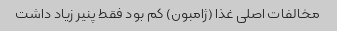
مخالفات اصلی غذا (ژامبون) کم بود فقط پنیر زیاد داشت